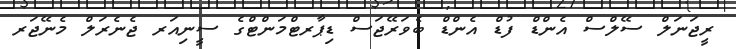
ރީޖަނަލް ސޭލްސް އެންޑް ފުޑް އެންޑް ބެވަރޭޖަސް ޑިޕާރޓްމަންޓްގެ ސީނިއަރ ޖެނެރަލް މެނޭޖަރ